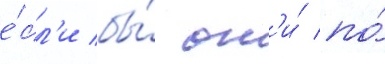
е́сл'и бы́ он'и́ по́